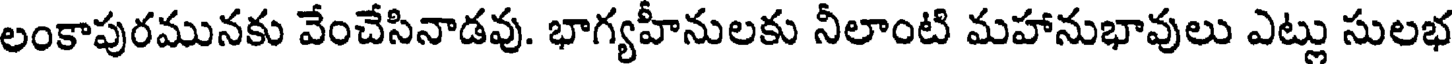
లంకాపురమునకు వేంచేసినాడవు. భాగ్యహీనులకు నీలాంటి మహానుభావులు ఎట్లు సులభ